Indian journal of veterinary science and animal husbandry - Volume 8,
Year: 1938
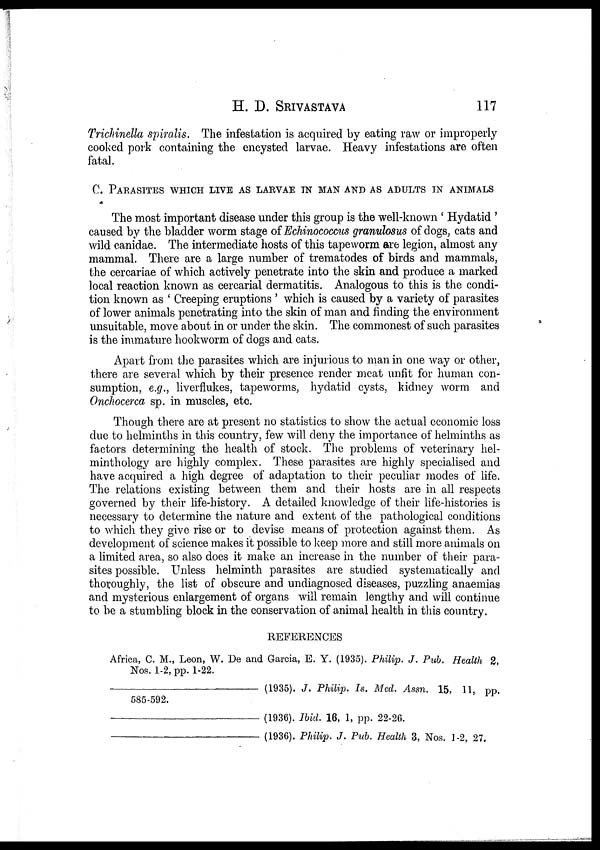
H. D.
SRIVASTAVA
117
Trichinella spiralis. The infestation is acquired by eating raw or improperly
cooked pork containing the encysted larvae. Heavy infestations are often
fatal.
C. PARASITES WHICH LIVE AS ADULTS IN MAN AND AS ADULTS IN ANIMALS
The most important disease under this group is the well-known ' Hydatid '
caused by the bladder worm stage of Echinococcus granulosus of dogs, cats and
wild canidae. The intermediate hosts of this tapeworm are legion, almost any
mammal. There are a large number of trematodes of birds and mammals,
the cercariae of which actively penetrate into the skin and produce a marked
local reaction known as cercarial dermatitis. Analogous to this is the condi-
tion known as ' Creeping eruptions ' which is caused by a variety of parasites
of lower animals penetrating into the skin of man and finding the environment
unsuitable, move about in or under the skin. The commonest of such parasites
is the immature hookworm of dogs and cats.
Apart from the parasites which are injurious to man in one way or other,
there are several which by their presence render meat unfit for human con-
sumption, e.g., liverflukes, tapeworms, hydatid cysts, kidney worm and
Onchocerca sp. in muscles, etc.
Though there are at present no statistics to show the actual economic loss
due to helminths in this country, few will deny the importance of helminths as
factors determining the health of stock. The problems of veterinary hel-
minthology are highly complex. These parasites are highly specialised and
have acquired a high degree of adaptation to their peculiar modes of life.
The relations existing between them and their hosts are in all respects
governed by their life-history. A detailed knowledge of their life-histories is
necessary to determine the nature and extent of the pathological conditions
to which they give rise or to devise means of protection against them. As
development of science makes it possible to keep more and still more animals on
a limited area, so also does it make an increase in the number of their para-
sites possible. Unless helminth parasites are studied systematically and
thoroughly, the list of obscure and undiagnosed diseases, puzzling anaemias
and mysterious enlargement of organs will remain lengthy and will continue
to be a stumbling block in the conservation of animal health in this country.
REFERENCES
Africa, C. M., Leon, W. De and Garcia, E. Y. (1935). Philip. J. Pub. Health 2,
Nos. 1-2, pp. 1-22.
—
(1935). J. Philip. Is. Med. Assn. 15, 11, pp.
585-592.
—(1936).
Ibid.
16, 1, pp. 22-26.
—
(1936). Philip. J. Pub. Health 3, Nos. 1-2, 27.